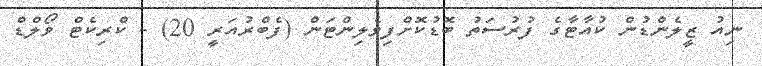
ނިއު ޒީލެންޑުން ކުއާޓާގެ ފުރުސަތު ބޮޑުކޮށްފިވެލިންޓަން (ފެބްރުއަރީ 20) - ކްރިކެޓް ވޯލްޑް